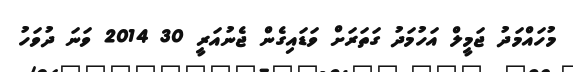
މުހައްމަދު ޖަމީލް އަހުމަދު ގަތަރަށް ވަޑައިގެން ޖެނުއަރީ 30 2014 ވަނަ ދުވަހު